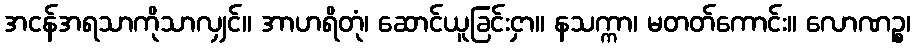
အငန်အရသာကိုသာလျှင်။ အာဟရိတုံ၊ ဆောင်ယူခြင်းငှာ။ နသက္ကာ၊ မတတ်ကောင်း။ လောဏဉ္စ၊